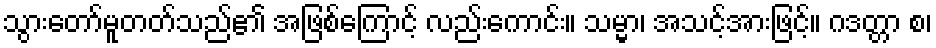
သွားတော်မူတတ်သည်၏ အဖြစ်ကြောင့် လည်းကောင်း။ သမ္မာ၊ အသင့်အားဖြင့်။ ဂဒတ္တာ စ၊